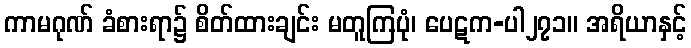
ကာမဂုဏ် ခံစားရာ၌ စိတ်ထားချင်း မတူကြပုံ၊ ပေဋက-ပါ၂၇၁။ အရိယာနှင့်